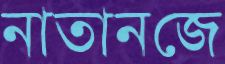
নাতানজে